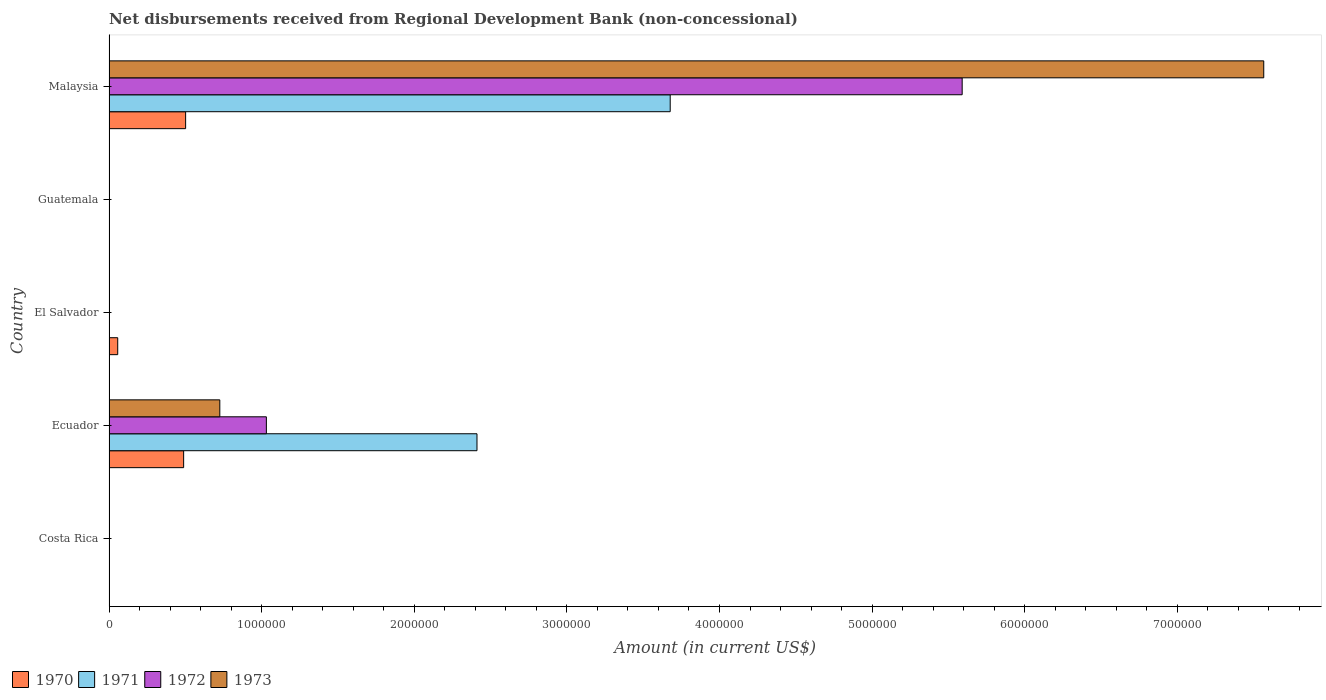
| Country | 1970 | 1971 | 1972 | 1973 |
 | --- | --- | --- | --- | --- |
 | Costa Rica | -9.26e+05 | -4.4e+05 | -2e+04 | -8.44e+05 |
 | Ecuador | 4.89e+05 | 2.41e+06 | 1.03e+06 | 7.26e+05 |
 | El Salvador | 5.7e+04 | -5.75e+05 | -6.81e+05 | -8.43e+05 |
 | Guatemala | -6.56e+05 | -7.82e+05 | -6.27e+05 | -6.41e+05 |
 | Malaysia | 5.02e+05 | 3.68e+06 | 5.59e+06 | 7.57e+06 |